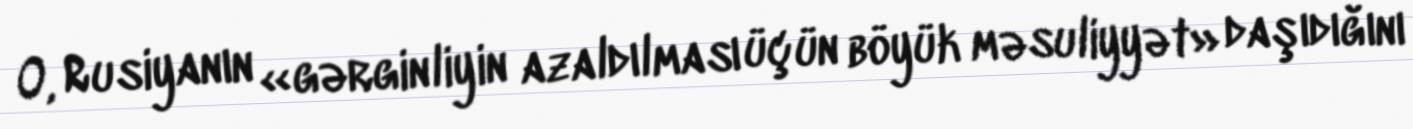
O, Rusiyanın «gərginliyin azaldılması üçün böyük məsuliyyət» daşıdığını